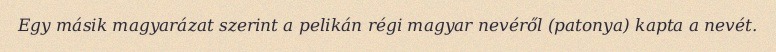
Egy másik magyarázat szerint a pelikán régi magyar nevéről (patonya) kapta a nevét.